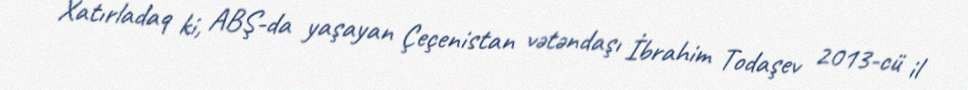
Xatırladaq ki, ABŞ-da yaşayan Çeçenistan vətəndaşı İbrahim Todaşev 2013-cü il